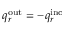
q _ { r } ^ { \mathrm { o u t } } = - q _ { r } ^ { \mathrm { i n c } }